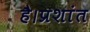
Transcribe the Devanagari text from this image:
है।प्रशांत